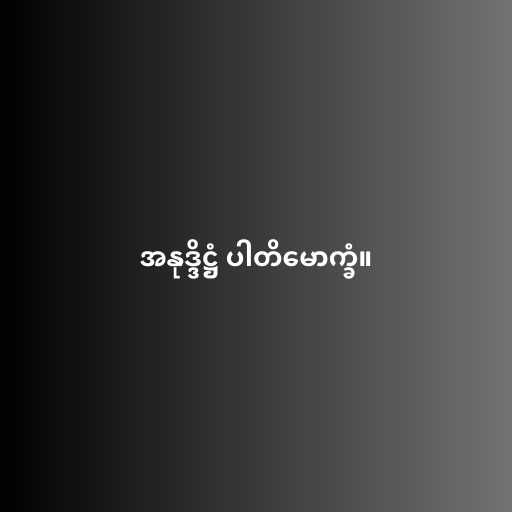
အနုဒ္ဒိဋ္ဌံ ပါတိမောက္ခံ။